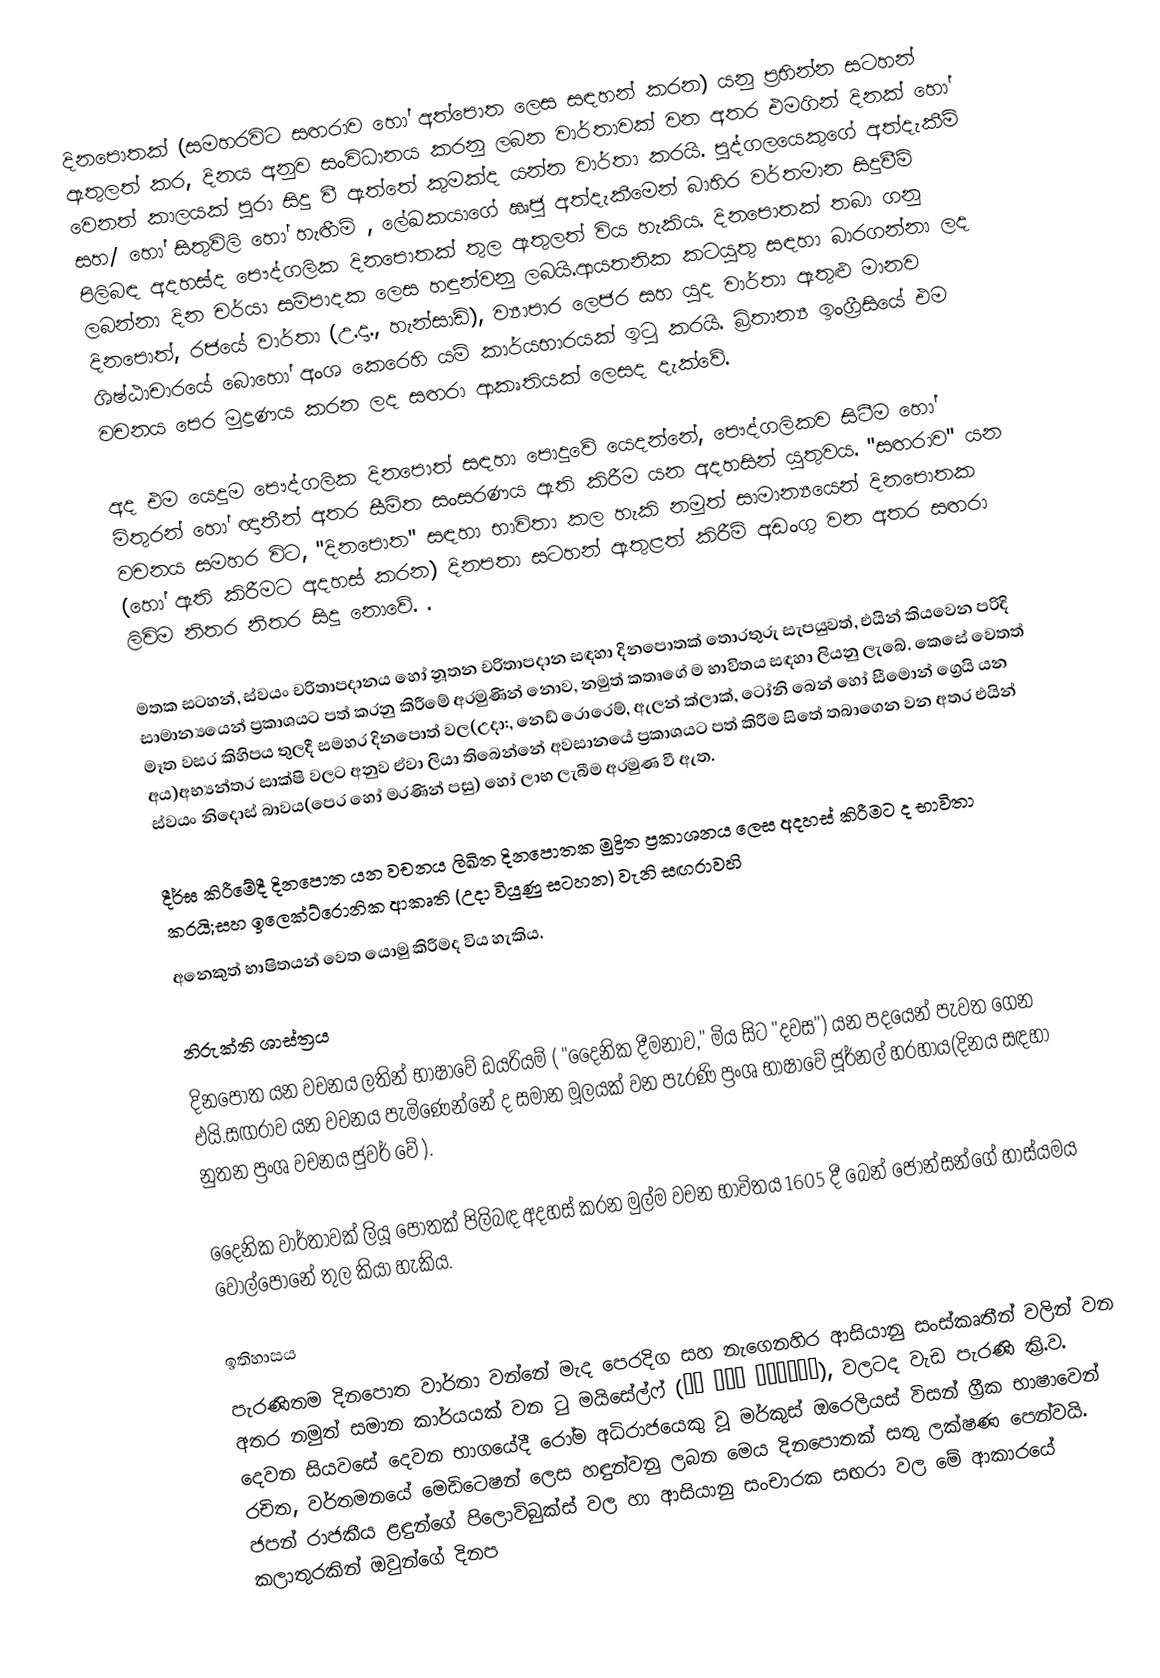
දිනපොතක් (සමහරවිට සඟරාව හෝ අත්පොත ලෙස සඳහන් කරන) යනු ප්‍රභින්න සටහන් ඇතුලත් කර, දිනය අනුව සංවිධානය කරනු ලබන වාර්තාවක් වන අතර එමගින් දිනක් හෝ වෙනත් කාලයක් පුරා සිදු වී ඇත්තේ කුමක්ද යන්න වාර්තා කරයි. පුද්ගලයෙකුගේ අත්දැකීම් සහ/ හෝ සිතුවිලි හෝ හැඟීම් , ලේඛකයාගේ ඍජු අත්දැකීමෙන් බාහිර වර්තමාන සිදුවීම් පිලිබඳ අදහස්ද පෞද්ගලික දිනපොතක් තුල ඇතුලත් විය හැකිය. දිනපොතක් තබා ගනු ලබන්නා දින චර්යා සම්පාදක ලෙස හඳුන්වනු ලබයි.ආයතනික කටයුතු සඳහා බාරගන්නා ලද දිනපොත්, රජයේ වාර්තා (උ.දා., හැන්සාඩ්), ව්‍යාපාර ලෙජර සහ යුද වාර්තා ඇතුළු මානව ශිෂ්ඨාචාරයේ බොහෝ අංශ කෙරෙහි යම් කාර්යභාරයක් ඉටු කරයි. බ්‍රිතාන්‍ය ඉංග්‍රීසියේ එම වචනය පෙර මුද්‍රණය කරන ලද සඟරා ආකෘතියක් ලෙසද දැක්වේ. 

අද එම යෙදුම පෞද්ගලික දිනපොත් සඳහා පොදුවේ යෙදන්නේ, පෞද්ගලිකව සිටීම හෝ මිතුරන් හෝ ඥාතීන් අතර සීමිත සංසරණය ඇති කිරීම යන අදහසින් යුතුවය.  "සඟරාව" යන වචනය සමහර විට, "දිනපොත" සඳහා භාවිතා කල හැකි නමුත් සාමාන්‍යයෙන් දිනපොතක (හෝ ඇති කිරීමට අදහස් කරන) දිනපතා සටහන් ඇතුළත් කිරීම් අඩංගු වන අතර  සඟරා ලිවිම නිතර නිතර සිදු නොවේ. .

මතක සටහන්, ස්වයං චරිතාපදානය හෝ නූතන චරිතාපදාන සඳහා දිනපොතක් තොරතුරු  සැපයුවත්, එයින් කියවෙන පරිදි සාමාන්‍යයෙන් ප්‍රකාශයට පත් කරනු කිරීමේ අරමුණින් නොව, නමුත් කතෘගේ ම භාවිතය සඳහා ලියනු ලැබේ. කෙසේ වෙතත් මෑත වසර කිහිපය තුලදී සමහර දිනපොත් වල(උදා:, නෙඩ් රොරෙම්, ඇලන් ක්ලාක්, ටෝනි බෙන් හෝ සීමොන් ග්‍රෙයි යන අය)අභ්‍යන්තර සාක්ෂි වලට අනුව ඒවා ලියා තිබෙන්නේ අවසානයේ ප්‍රකාශයට පත් කිරීම සිතේ තබාගෙන වන අතර එයින් ස්‌වයං නිදොස් බාවය(පෙර හෝ මරණින් පසු) හෝ ලාභ ලැබීම අරමුණ වී ඇත.

දීර්ඝ කිරීමේදී දිනපොත යන වචනය ලිඛිත දිනපොතක මුද්‍රිත ප්‍රකාශනය ලෙස අදහස් කිරීමට ද භාවිතා කරයි;සහ ඉලෙක්ට්රොනික ආකෘති (උදා වියුණු සටහන) වැනි සඟරාවහි
අනෙකුත් භාෂිතයන් වෙත යොමු කිරීමද විය හැකිය.

නිරුක්ති ශාස්ත්‍රය 
දිනපොත යන වචනය ලතින් භාෂාවේ ඩයරියම් ( "දෛනික දීමනාව," මිය සිට "දවස") යන පදයෙන් පැවත ගෙන එයි.සඟරාව යන වචනය පැමිණෙන්නේ ද සමාන මූලයක් වන පැරණි ප්‍රංශ භාෂාවේ ජූර්නල් හරහාය(දිනය සඳහා නුතන ප්‍රංශ වචනය ජුවර් වේ ).

දෛනික වාර්තාවක් ලියූ පොතක් පිලිබඳ අදහස් කරන මුල්ම වචන  භාවිතය 1605 දී බෙන් ජොන්සන්ගේ හාස්යමය වොල්පොනේ තුල කියා හැකිය.

ඉතිහාසය
පැරණිතම දිනපොත වාර්තා වන්නේ මැද පෙරදිග සහ නැගෙනහිර ආසියානු සංස්කෘතීන් වලින් වන අතර නමුත් සමාන කාර්යයක් වන ටු මයිසේල්ෆ්  (Τὰ εἰς ἑαυτόν), වලටද වැඩ පැරණි ක්‍රි.ව. දෙවන සියවසේ දෙවන භාගයේදී රෝම අධිරාජයෙකු වූ මර්කුස් ඔරෙලියස් විසන් ග්‍රීක භාෂාවෙන් රචිත, වර්තමනයේ මෙඩිටෙෂන්  ලෙස හඳුන්වනු ලබන මෙය දිනපොතක් සතු ලක්ෂණ පෙන්වයි. ජපන් රාජකීය ළඳුන්ගේ පිලොව්බුක්ස් වල හා ආසියානු සංචාරක සඟරා වල මේ ආකාරයේ කලාතුරකින් ඔවුන්ගේ දිනප